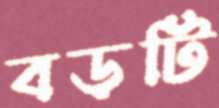
বড়টি